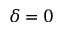
\delta = 0